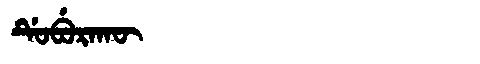
Manchu: ᡩᡠᠪᡠᡵᠠᡴᡡ
Romanization: DUBURAKŪ